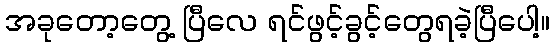
အခုတော့တွေ့ ပြီလေ ရင်ဖွင့်ခွင့်တွေရခဲ့ပြီပေါ့။